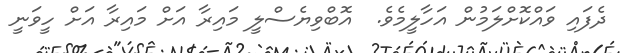
ދެފައި ވައްކޮށްލަމުން އަހާލީމެވެ.  އޮބްވިޔެސްލީ މައިރާ އަށް މައިރާ އަށް ހީވަނީ